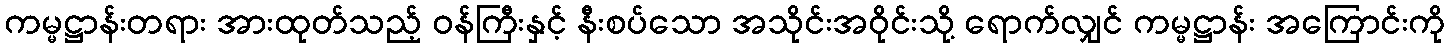
ကမ္မဋ္ဌာန်းတရား အားထုတ်သည့် ဝန်ကြီးနှင့် နီးစပ်သော အသိုင်းအဝိုင်းသို့ ရောက်လျှင် ကမ္မဋ္ဌာန်း အကြောင်းကို